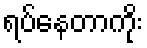
ရပ်နေတာကိုး